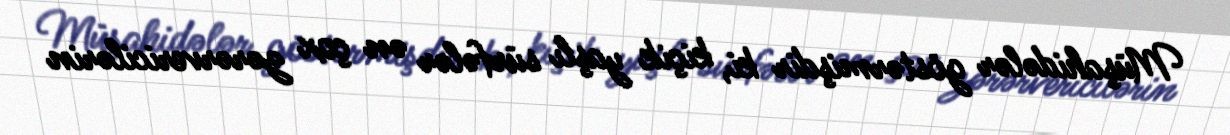
Müşahidələr göstərmişdir ki, kiçik yaşlı sürfələr ən çox zərərvericilərin